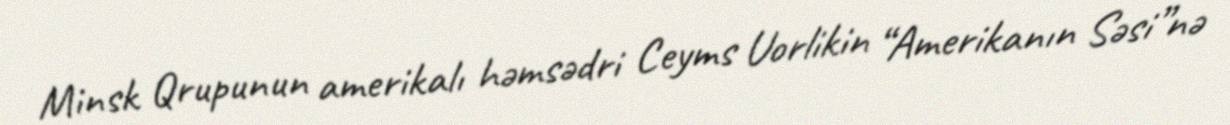
Minsk Qrupunun amerikalı həmsədri Ceyms Uorlikin “Amerikanın Səsi”nə